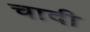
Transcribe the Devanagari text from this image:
चादी